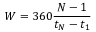
W = 3 6 0 \frac { N - 1 } { t _ { N } - t _ { 1 } }